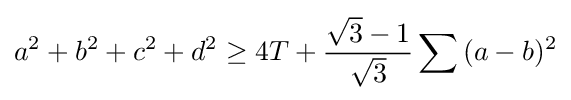
a^{2}+b^{2}+c^{2}+d^{2}\geq 4T+{\frac {{\sqrt {3}}-1}{\sqrt {3}}}\sum {(a-b)^{2}}